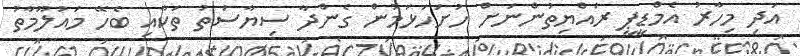
އަދި މިހާރު އެމްޑީޕީ ރައްޔިތުންނަށް ހުށަހަޅަމުން ގެންދާ ސިޔާސަތު ތަކާއި ބެހޭ މައުލޫމާތު